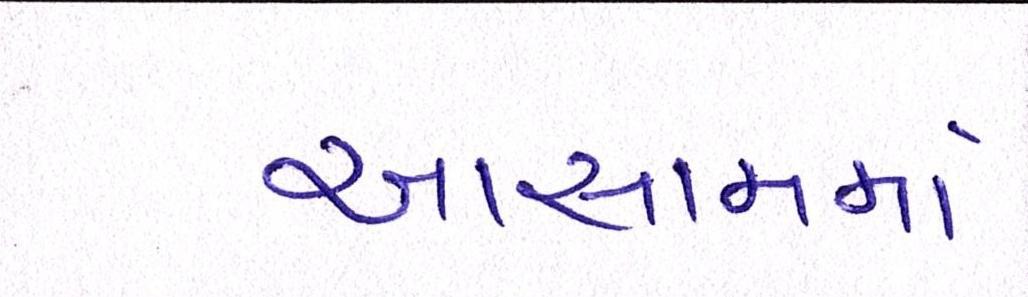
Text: આસામમાં